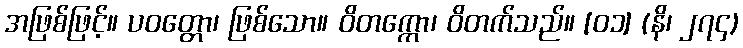
အဖြစ်ဖြင့်။ ပဝတ္တော၊ ဖြစ်သော။ ဝိတက္ကော၊ ဝိတက်သည်။ [၀၁] (နိ၊ ၂၇၄)